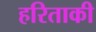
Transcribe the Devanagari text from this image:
हरिताकी